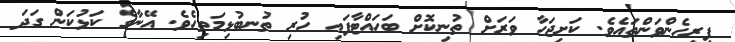
ފިރިހެންވަންތައެވެ. ކަށިޖަހާ ވަރަށް ތުނިކޮށް ބަހައްޓާފައި ހުރި ތުނބުޅިމަތިހެވެ. އޭނާގެ ކަޅުކަން ގަދަ